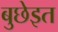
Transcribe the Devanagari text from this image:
बुछेइत